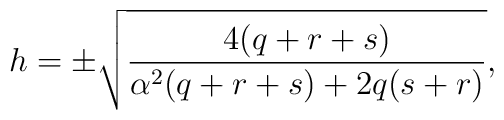
h=\pm\sqrt{\frac{4(q+r+s)}{\alpha ^{2}(q+r+s)+2q(s+r)}},